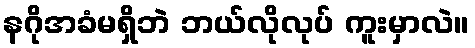
နဂိုအခံမရှိဘဲ ဘယ်လိုလုပ် ကူးမှာလဲ။